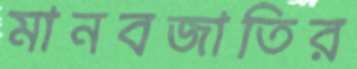
মানবজাতির